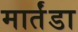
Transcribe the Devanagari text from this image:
मार्तंडा